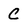
Character: C